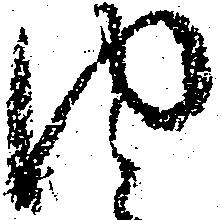
内